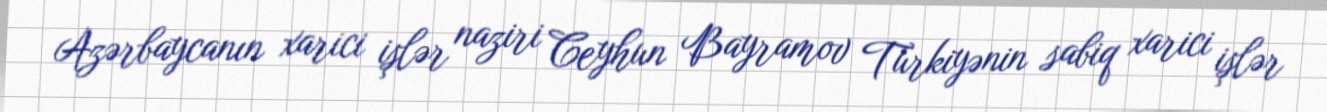
Azərbaycanın xarici işlər naziri Ceyhun Bayramov Türkiyənin sabiq xarici işlər